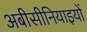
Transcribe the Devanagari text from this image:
अबीसीनियाइयों